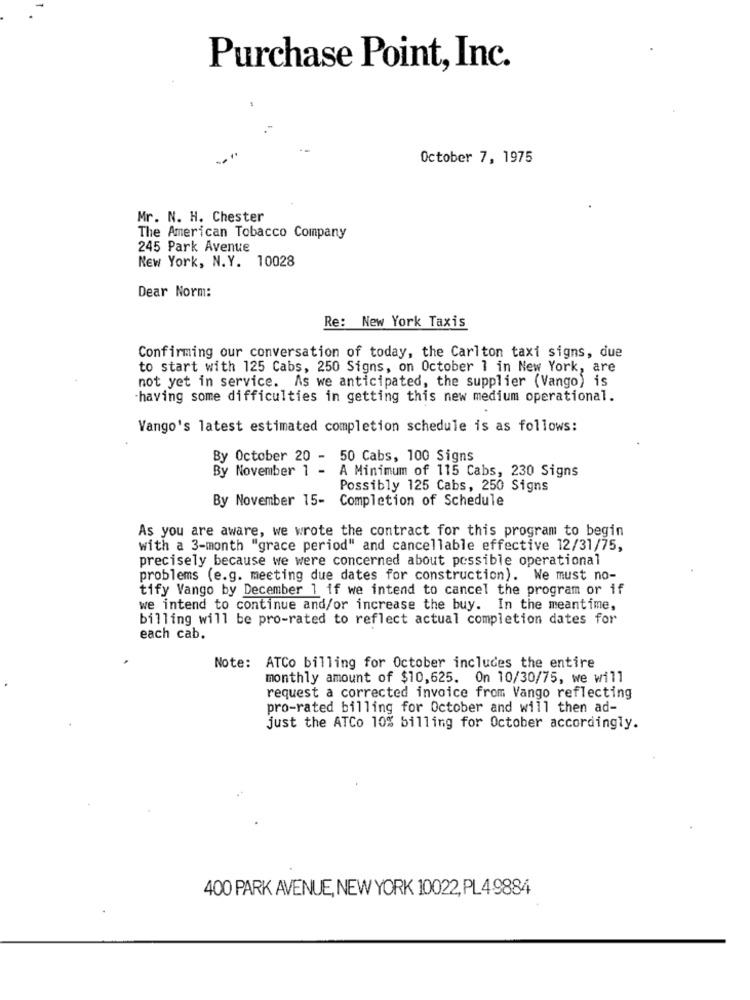
Purchase Point, Inc.
October 7, 1975
Mr. N. H. Chester
The American Tobacco Company
245 Park Avenue
New York, N.Y. 10028
Dear Norm:
Re: New York Taxis
Confirming our conversation of today, the Carlton taxi signs, due
to start with 125 Cabs, 250 Signs, on October 1 in New York, are
not yet in service. As we anticipated, the supplier (Vango) is
having some difficulties in getting this new medium operational.
Vango's latest estimated completion schedule is as follows:
By October 20 - 50 Cabs, 100 Signs
By November 1 -
A Minimum of 115 Cabs, 230 Signs
Possibly 125 Cabs, 250 Signs
By November 15-
Completion of Schedule
As you are aware, we wrote the contract for this program to begin
with a 3-month "grace period" and cancellable effective 12/31/75,
precisely because we were concerned about possible operational
problems (e.g. meeting due dates for construction). We must no-
tify Vango by December 1 if we intend to cancel the program or if
we intend to continue and/or increase the buy. In the meantime,
billing will be pro-rated to reflect actual completion dates for
each cab.
Note: ATCo billing for October includes the entire
monthly amount of $10,625. On 10/30/75, we will
request a corrected invoice from Vango reflecting
pro-rated billing for October and will then ad-
just the ATCo 10% billing for October accordingly.
400 PARK AVENUE, NEW YORK 10022, PL4 9884